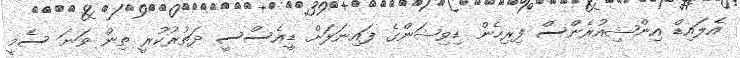
އެލައިޑް އިންޝިއުރެންސް ފިރިހެން ޑިވިޝަންގެ ފައިނަލަށް ޑީއެސްސީ ދަތުރުކުރީ ތިން ވަނަ ސެމީ